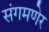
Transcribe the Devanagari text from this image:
संगमणेर